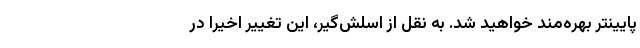
پایینتر بهره‌مند خواهید شد. به نقل از اسلش‌گیر، این تغییر اخیرا در